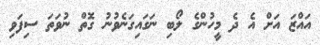
އައްޒަ އަށް އެ ދެ މީހުންގެ ލޯބި ނަގައިގަނެވުނު ގޮތް ނުވަތަ ސިފަވި